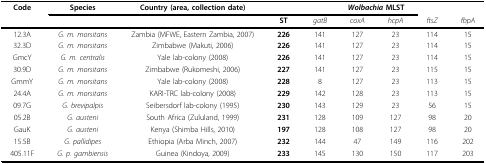
| Code | Species | Country (area, collection date) | <COLSPAN=6> Wolbachia MLST |
 |  |  |  | ST | gatB | coxA | hcpA | ftsZ | fbpA |
 | --- | --- | --- | --- | --- | --- | --- | --- | --- |
 | 12.3A | G. m. morsitans | Zambia (MFWE, Eastern Zambia, 2007) | 226 | 141 | 127 | 23 | 114 | 15 |
 | 32.3D | G. m. morsitans | Zimbabwe (Makuti, 2006) | 226 | 141 | 127 | 23 | 114 | 15 |
 | GmcY | G. m. centralis | Yale lab-colony (2008) | 226 | 141 | 127 | 23 | 114 | 15 |
 | 30.9D | G. m. morsitans | Zimbabwe (Rukomeshi, 2006) | 227 | 141 | 127 | 23 | 115 | 15 |
 | GmmY | G. m. morsitans | Yale lab-colony (2008) | 228 | 8 | 127 | 23 | 113 | 15 |
 | 24.4A | G. m. morsitans | KARI-TRC lab-colony (2008) | 229 | 142 | 128 | 23 | 113 | 15 |
 | 09.7G | G. brevipalpis | Seibersdorf lab-colony (1995) | 230 | 143 | 129 | 23 | 56 | 15 |
 | 05.2B | G. austeni | South Africa (Zululand, 1999) | 231 | 128 | 109 | 127 | 98 | 20 |
 | GauK | G. austeni | Kenya (Shimba Hills, 2010) | 197 | 128 | 108 | 127 | 98 | 20 |
 | 15.5B | G. pallidipes | Ethiopia (Arba Minch, 2007) | 232 | 144 | 47 | 149 | 116 | 202 |
 | 405.11F | G. p. gambiensis | Guinea (Kindoya, 2009) | 233 | 145 | 130 | 150 | 117 | 203 |